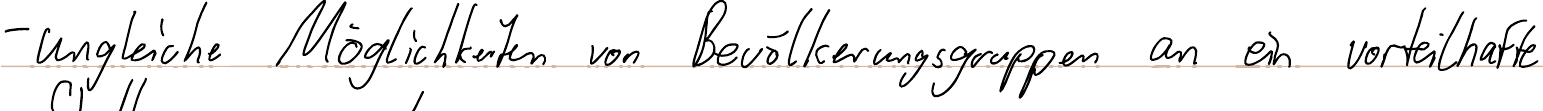
- ungleiche Möglichkeiten von Bevölkerungsgruppen an ein vorteilhafte